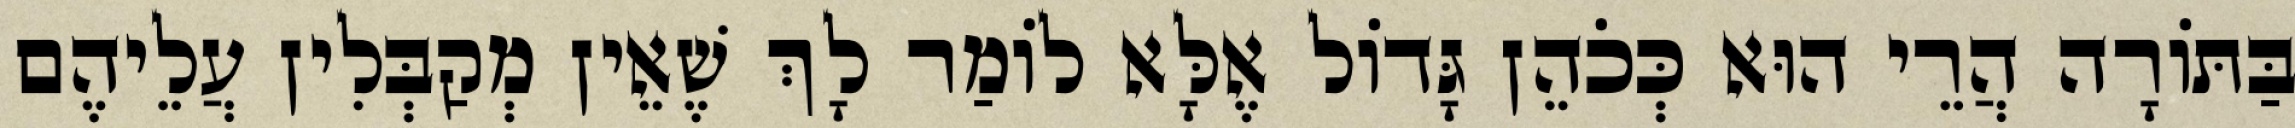
בַּתּוֹרָה הֲרֵי הוּא כְּכֹהֵן גָּדוֹל אֶלָּא לוֹמַר לָךְ שֶׁאֵין מְקַבְּלִין עֲלֵיהֶם